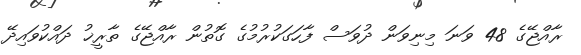
ރާއްޖޭގެ 48 ވަނަ މިނިވަން ދުވަސް ފާހަގަކުރުމުގެ ގޮތުން ރާއްޖޭގެ ތާރީޚު ދައްކުވައިދޭ